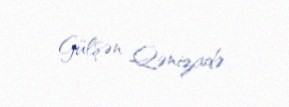
Gülşən Qənizadə